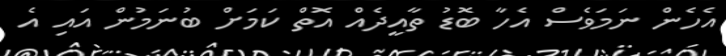
އެހެން ނަމަވެސް އެހާ ބޮޑު ތާއީދެއް އޮތް ކަމަށް ބުނަމުން އައި އެ